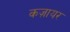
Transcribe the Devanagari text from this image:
कज़ायर